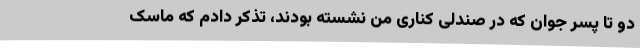
دو تا پسر جوان که در صندلی کناری من نشسته بودند، تذکر دادم که ماسک